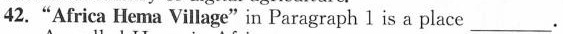
42 "Africa Hema Village" in Paragraph 1 is a place___.